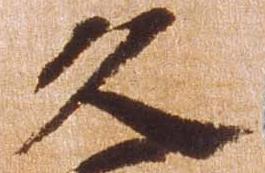
久